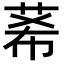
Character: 莃